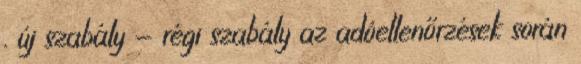
. új szabály - régi szabály az adóellenőrzések során